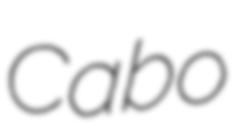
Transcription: Cabo